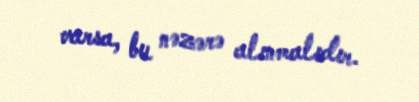
varsa, bu nəzərə alınmalıdır.